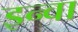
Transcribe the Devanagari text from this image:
इन्वा